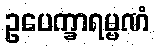
ဥပေက္ခာရမ္မဏံ